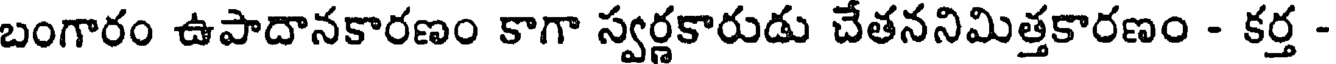
బంగారం ఉపాదానకారణం కాగా స్వర్ణకారుడు చేతననిమిత్తకారణం - కర్త -